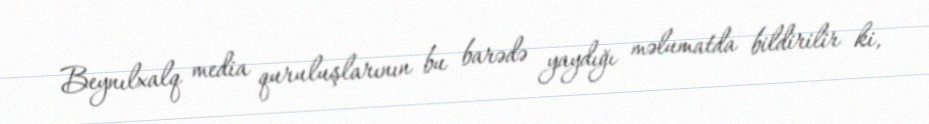
Beynılxalq media quruluşlarının bu barədə yaydığı məlumatda bildirilir ki,